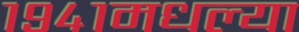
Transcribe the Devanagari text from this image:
१९४१मधल्या